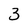
Character: 3